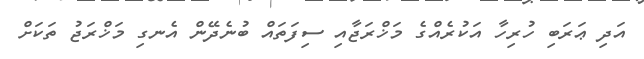
އަދި ޢަރަބި ހުރިހާ އަކުރެއްގެ މަޚްރަޖާއި ސިފަތައް ބުނެދޭން އެނގި މަޚްރަޖު ތަކަށް